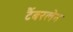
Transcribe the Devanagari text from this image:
टैंबरलेन